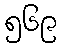
၅၆၉